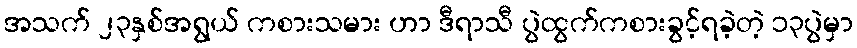
အသက် ၂၃နှစ်အရွယ် ကစားသမား ဟာ ဒီရာသီ ပွဲထွက်ကစားခွင့်ရခဲ့တဲ့ ၁၃ပွဲမှာ